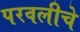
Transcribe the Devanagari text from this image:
परवलीचे